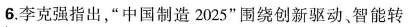
6.李克强指出，”中国制造2025”围绕创新驱动、智能转